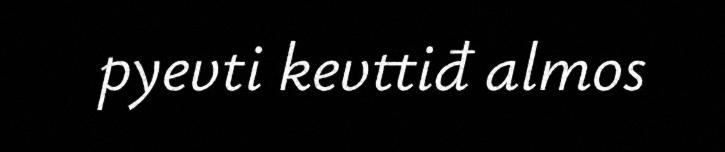
pyevti kevttiđ almos